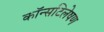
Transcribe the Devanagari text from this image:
कॉन्सटिलेषण